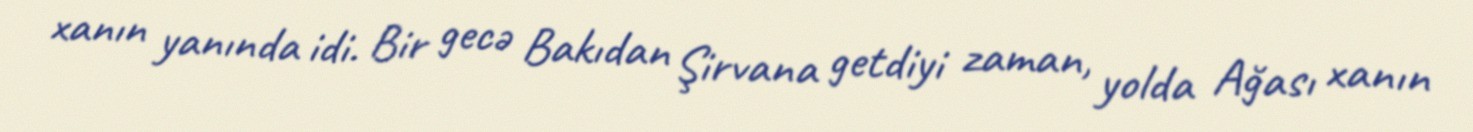
xanın yanında idi. Bir gecə Bakıdan Şirvana getdiyi zaman, yolda Ağası xanın